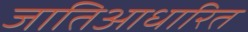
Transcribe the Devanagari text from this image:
जातिआधारित